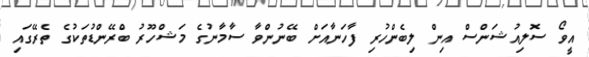
އީވޯ ސޮލިއުޝަންސް އިން ލިބެންހުރި ފާހަނާއަށް ބޭނުންވާ ސާމާނުގެ މަޝްހޫރު ބްރޭންޑުތަކުގެ ތެރޭގައި